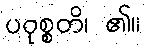
ပဝုစ္စတိ၊ ၏။